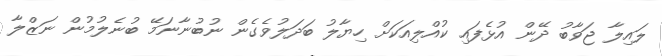
ލައިލާ ޖަވާބު ދޭން އުޅެފައި ކުއްލިއަކަށް ހިޔާލު ބަދަލުވެގެން ނުބުނާނަމޭ ބުނެލުމުން ނަޒްލާ